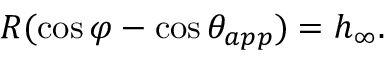
R ( \cos \varphi - \cos \theta _ { a p p } ) = h _ { \infty } .